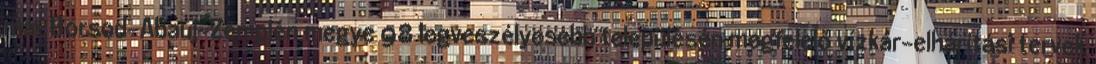
már Borsod-Abaúj-Zemplén megye 98 legveszélyesebb településén megfelelő vízkár-elhárítási tervek